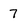
Character: 7